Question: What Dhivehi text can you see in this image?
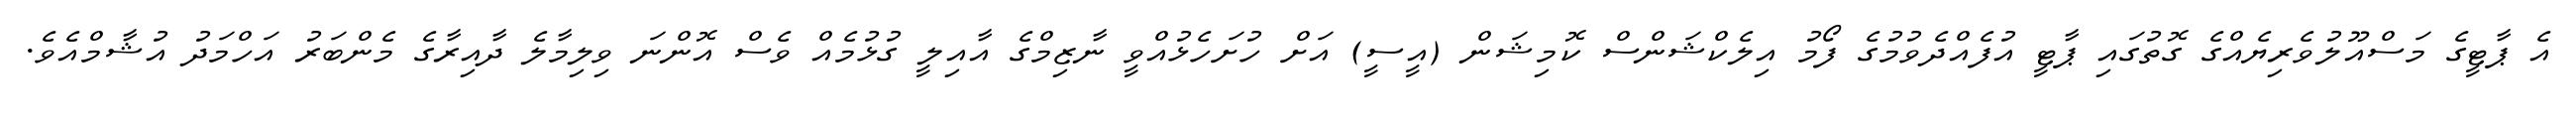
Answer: އެ ޕާޓީގެ މަސްއޫލުވެރިޔެއްގެ ގޮތުގައި ޕާޓީ އުފެއްދެވުމުގެ ފޯމު އިލެކްޝަންސް ކޮމިޝަން (އީސީ) އަށް ހުށަހެޅުއްވީ ނާޒިމްގެ އާއިލީ ގުޅުމެއް ވެސް އޮންނަ ވިލިމާލެ ދާއިރާގެ މެންބަރު އަހްމަދު އުޝާމްއެވެ.